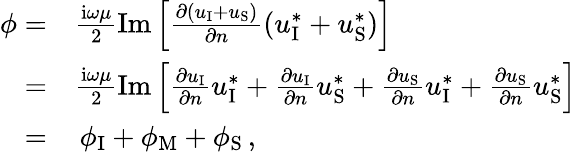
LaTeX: \begin{array}{rl}{\phi=}&{\frac{\mathrm{i}\omega\mu}{2}\mathrm{Im}\left[\frac{\partial(u_{\textup{I}}+u_{\textup{S}})}{\partial n}(u_{\textup{I}}^{*}+u_{\textup{S}}^{*})\right]}\\ {=}&{\frac{\mathrm{i}\omega\mu}{2}\mathrm{Im}\left[\frac{\partial u_{\textup{I}}}{\partial n}u_{\textup{I}}^{*}+\frac{\partial u_{\textup{I}}}{\partial n}u_{\textup{S}}^{*}+\frac{\partial u_{\textup{S}}}{\partial n}u_{\textup{I}}^{*}+\frac{\partial u_{\textup{S}}}{\partial n}u_{\textup{S}}^{*}\right]}\\ {=}&{\, \phi_{\textup{I}}+\phi_{\textup{M}}+\phi_{\textup{S}}\, ,}\end{array}